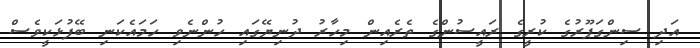
އަދި ސިންގަޕޫރުގެ ކުރީގެ ރައީސުންގެ ތެރެއިން މިހާރު ދުނިޔޭގައި ހުންނެވި ހަމައެކަނި ބޭފުޅަކީވެސް